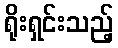
ရိုးရှင်းသည့်